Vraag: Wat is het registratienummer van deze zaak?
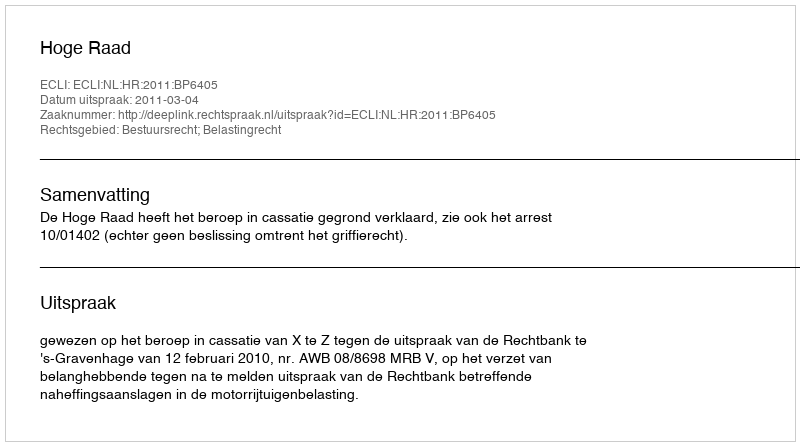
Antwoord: http://deeplink.rechtspraak.nl/uitspraak?id=ECLI:NL:HR:2011:BP6405